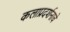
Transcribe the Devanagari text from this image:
कलाप्रदर्शनाचे